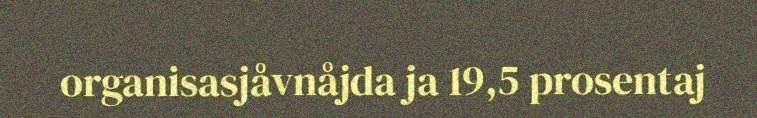
organisasjåvnåjda ja 19,5 prosentaj